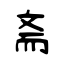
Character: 斋